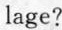
lage?